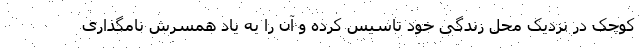
کوچک در نزدیک محل زندگی خود تاسیس کرده و آن را به یاد همسرش نامگذاری